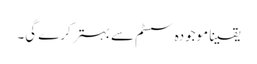
یقینا موجودہ سسٹم سے بہتر کرے گی۔